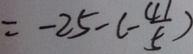
= - 2 5 - ( - \frac { 4 1 } { 5 } )